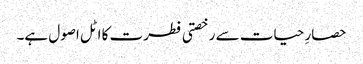
حصارِ حیات سے رخصتی فطرت کا اٹل اصول ہے۔